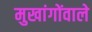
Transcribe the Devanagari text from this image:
मुखांगोंवाले